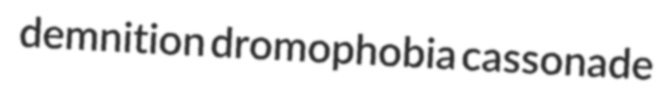
demnition dromophobia cassonade